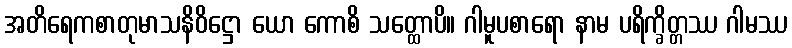
အတိရေကစာတုမာသနိဝိဋ္ဌော ယော ကောစိ သတ္ထောပိ။ ဂါမူပစာရော နာမ ပရိက္ခိတ္တဿ ဂါမဿ